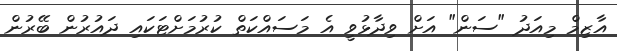
އާޒިމް މިއަދު "ސަން" އަށް ވިދާޅުވީ އެ މަސައްކަތް ކުރުމަށްޓަކައި ދައުރުން ބޭރުން